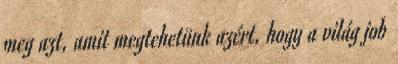
meg azt, amit megtehetünk azért, hogy a világ job